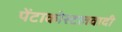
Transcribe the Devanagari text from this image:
पेंटाकोस्टलवादी